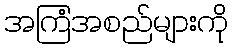
အကြံအစည်များကို